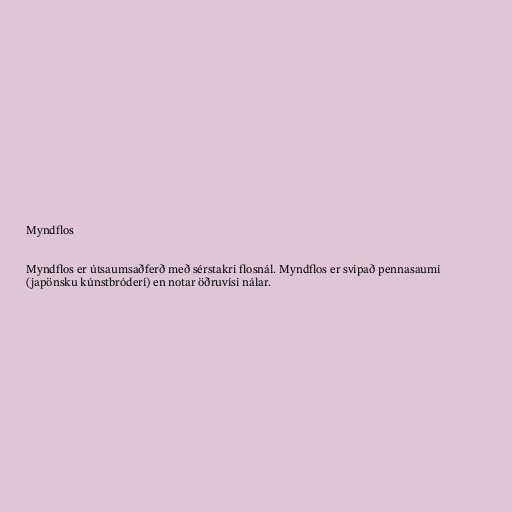
Myndflos

Myndflos er útsaumsaðferð með sérstakri flosnál. Myndflos er svipað pennasaumi
(japönsku kúnstbróderí) en notar öðruvísi nálar.